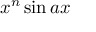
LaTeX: x ^ { n } \sin { a x }